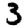
Digit: 3